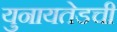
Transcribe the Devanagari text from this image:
युनायतेडची